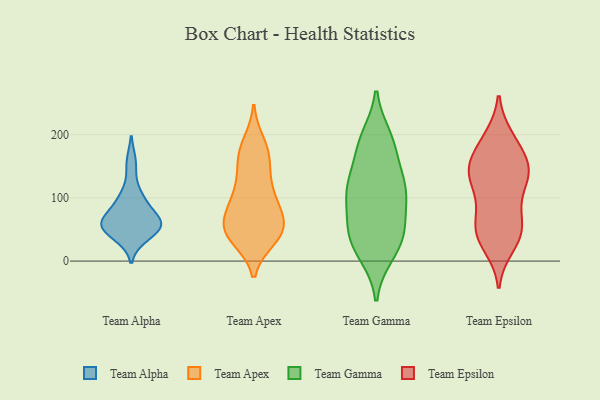
{"axis": {"x": "Population (Million)", "y": "Value"}, "legend": ["Team Alpha", "Team Apex", "Team Epsilon", "Team Gamma"], "data": [{"x": "", "y": 58, "type": "Team Alpha"}, {"x": "", "y": 101, "type": "Team Alpha"}, {"x": "", "y": 99, "type": "Team Alpha"}, {"x": "", "y": 40, "type": "Team Alpha"}, {"x": "", "y": 51, "type": "Team Alpha"}, {"x": "", "y": 155, "type": "Team Alpha"}, {"x": "", "y": 58, "type": "Team Alpha"}, {"x": "", "y": 62, "type": "Team Alpha"}, {"x": "", "y": 56, "type": "Team Alpha"}, {"x": "", "y": 69, "type": "Team Alpha"}, {"x": "", "y": 42, "type": "Team Apex"}, {"x": "", "y": 37, "type": "Team Apex"}, {"x": "", "y": 85, "type": "Team Apex"}, {"x": "", "y": 43, "type": "Team Apex"}, {"x": "", "y": 174, "type": "Team Apex"}, {"x": "", "y": 155, "type": "Team Apex"}, {"x": "", "y": 76, "type": "Team Apex"}, {"x": "", "y": 36, "type": "Team Apex"}, {"x": "", "y": 186, "type": "Team Apex"}, {"x": "", "y": 53, "type": "Team Apex"}, {"x": "", "y": 116, "type": "Team Apex"}, {"x": "", "y": 102, "type": "Team Apex"}, {"x": "", "y": 53, "type": "Team Apex"}, {"x": "", "y": 85, "type": "Team Apex"}, {"x": "", "y": 114, "type": "Team Apex"}, {"x": "", "y": 55, "type": "Team Apex"}, {"x": "", "y": 150, "type": "Team Apex"}, {"x": "", "y": 53, "type": "Team Apex"}, {"x": "", "y": 175, "type": "Team Apex"}, {"x": "", "y": 109, "type": "Team Gamma"}, {"x": "", "y": 33, "type": "Team Gamma"}, {"x": "", "y": 50, "type": "Team Gamma"}, {"x": "", "y": 51, "type": "Team Gamma"}, {"x": "", "y": 107, "type": "Team Gamma"}, {"x": "", "y": 116, "type": "Team Gamma"}, {"x": "", "y": 38, "type": "Team Gamma"}, {"x": "", "y": 110, "type": "Team Gamma"}, {"x": "", "y": 54, "type": "Team Gamma"}, {"x": "", "y": 182, "type": "Team Gamma"}, {"x": "", "y": 173, "type": "Team Gamma"}, {"x": "", "y": 12, "type": "Team Gamma"}, {"x": "", "y": 132, "type": "Team Gamma"}, {"x": "", "y": 194, "type": "Team Gamma"}, {"x": "", "y": 196, "type": "Team Gamma"}, {"x": "", "y": 126, "type": "Team Gamma"}, {"x": "", "y": 10, "type": "Team Gamma"}, {"x": "", "y": 87, "type": "Team Gamma"}, {"x": "", "y": 182, "type": "Team Epsilon"}, {"x": "", "y": 143, "type": "Team Epsilon"}, {"x": "", "y": 24, "type": "Team Epsilon"}, {"x": "", "y": 151, "type": "Team Epsilon"}, {"x": "", "y": 134, "type": "Team Epsilon"}, {"x": "", "y": 195, "type": "Team Epsilon"}, {"x": "", "y": 34, "type": "Team Epsilon"}, {"x": "", "y": 129, "type": "Team Epsilon"}, {"x": "", "y": 192, "type": "Team Epsilon"}, {"x": "", "y": 48, "type": "Team Epsilon"}, {"x": "", "y": 126, "type": "Team Epsilon"}, {"x": "", "y": 60, "type": "Team Epsilon"}, {"x": "", "y": 78, "type": "Team Epsilon"}, {"x": "", "y": 88, "type": "Team Epsilon"}, {"x": "", "y": 43, "type": "Team Epsilon"}, {"x": "", "y": 153, "type": "Team Epsilon"}, {"x": "", "y": 155, "type": "Team Epsilon"}, {"x": "", "y": 47, "type": "Team Epsilon"}, {"x": "", "y": 130, "type": "Team Epsilon"}]}